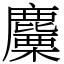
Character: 麜